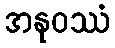
အနုဝဿံ